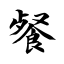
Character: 餐